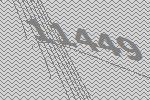
11449